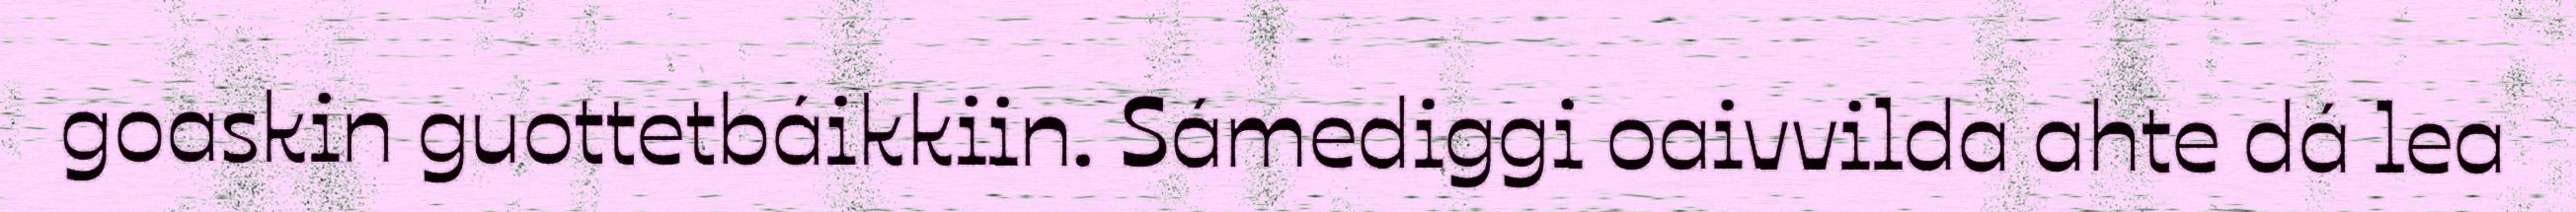
goaskin guottetbáikkiin. Sámediggi oaivvilda ahte dá lea